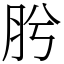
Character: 肹